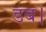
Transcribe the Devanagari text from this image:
डब।